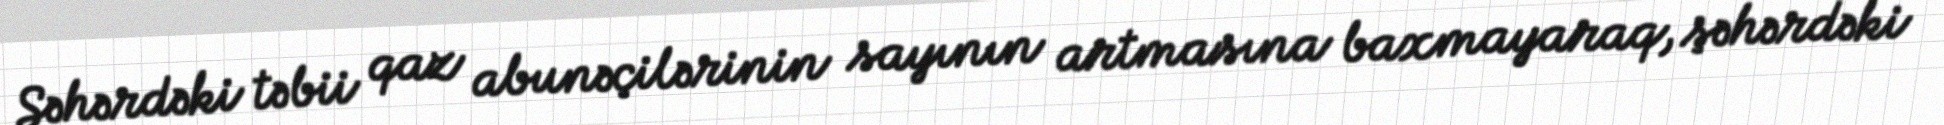
Şəhərdəki təbii qaz abunəçilərinin sayının artmasına baxmayaraq, şəhərdəki